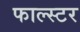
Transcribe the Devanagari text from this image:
फाल्स्टर